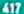
417